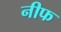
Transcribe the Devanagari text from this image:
नीफ